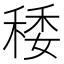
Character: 䅗